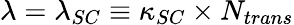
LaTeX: \lambda=\lambda_{SC}\equiv\kappa_{SC}\times N_{trans}